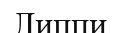
Липпи